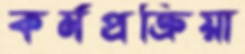
কর্মপ্রক্রিয়া